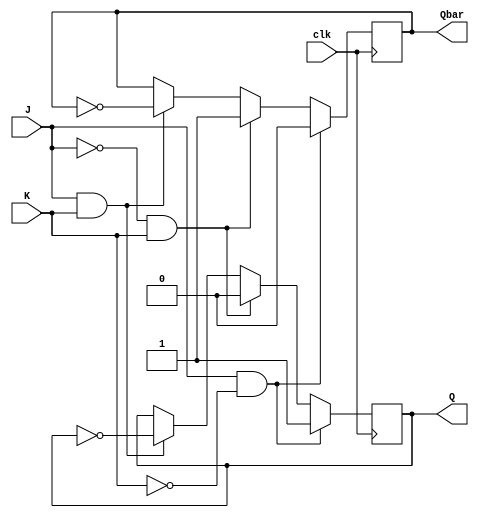
module jk_flip_flop (
  input J, // Set input
  input K, // Reset input
  input clk, // Clock input
  output reg Q, // Output Q
  output reg Qbar // Output Qbar
);

// State transitions
always @(posedge clk) begin
  if (J & !K) begin
    Q <= 1;
    Qbar <= 0;
  end else if (!J & K) begin
    Q <= 0;
    Qbar <= 1;
  end else if (J & K) begin
    Q <= ~Q;
    Qbar <= ~Qbar;
  end
end

endmodule